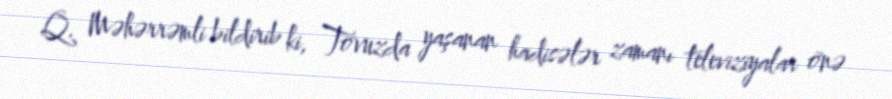
Q. Məhərrəmli bildirib ki, Tovuzda yaşanan hadisələr zamanı televiziyalar önə